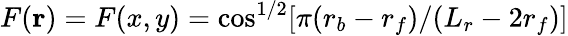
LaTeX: F(\mathbf{r})=F(x,y)=\cos^{1/2}[\pi(r_{b}-r_{f})/(L_{r}-2r_{f})]